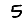
Digit: 5